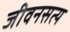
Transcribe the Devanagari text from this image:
जीवनसत्य